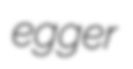
egger